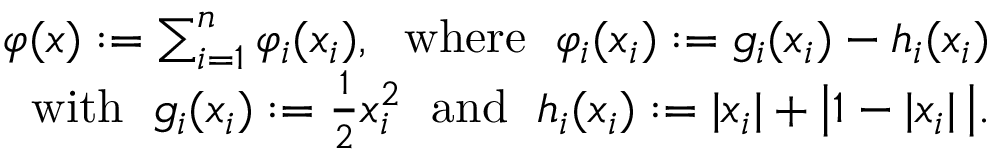
\begin{array} { r } { \varphi ( x ) : = \sum _ { i = 1 } ^ { n } \varphi _ { i } ( x _ { i } ) , \; \mathrm { ~ w h e r e ~ } \; \varphi _ { i } ( x _ { i } ) : = g _ { i } ( x _ { i } ) - h _ { i } ( x _ { i } ) } \\ { \mathrm { ~ w i t h ~ } \; g _ { i } ( x _ { i } ) : = \frac { 1 } { 2 } x _ { i } ^ { 2 } \; \mathrm { ~ a n d ~ } \; h _ { i } ( x _ { i } ) : = | x _ { i } | + \big | 1 - | x _ { i } | \, \big | . } \end{array}